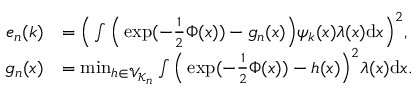
\begin{array} { r l } { e _ { n } ( { \boldsymbol k } ) } & { = \Big ( \int \Big ( \exp ( - { \textstyle \frac 1 2 } \Phi ( { \boldsymbol x } ) ) - g _ { n } ( { \boldsymbol x } ) \Big ) \psi _ { \boldsymbol k } ( { \boldsymbol x } ) \lambda ( { \boldsymbol x } ) \mathrm { d } { \boldsymbol x } \Big ) ^ { 2 } , } \\ { g _ { n } ( { \boldsymbol x } ) } & { = \operatorname* { m i n } _ { h \in \mathcal { V } _ { \mathcal { K } _ { n } } } \int \Big ( \exp ( - { \textstyle \frac 1 2 } \Phi ( { \boldsymbol x } ) ) - h ( { \boldsymbol x } ) \Big ) ^ { 2 } \lambda ( { \boldsymbol x } ) \mathrm { d } { \boldsymbol x } . } \end{array}